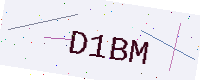
Text: D1BM